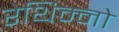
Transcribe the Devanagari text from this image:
रेथिम्नो